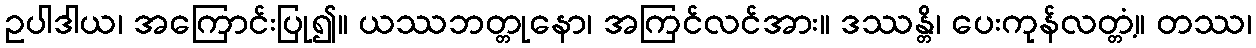
ဥပါဒါယ၊ အကြောင်းပြု၍။ ယဿဘတ္တုနော၊ အကြင်လင်အား။ ဒဿန္တိ၊ ပေးကုန်လတ္တံ့။ တဿ၊